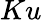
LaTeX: Ku